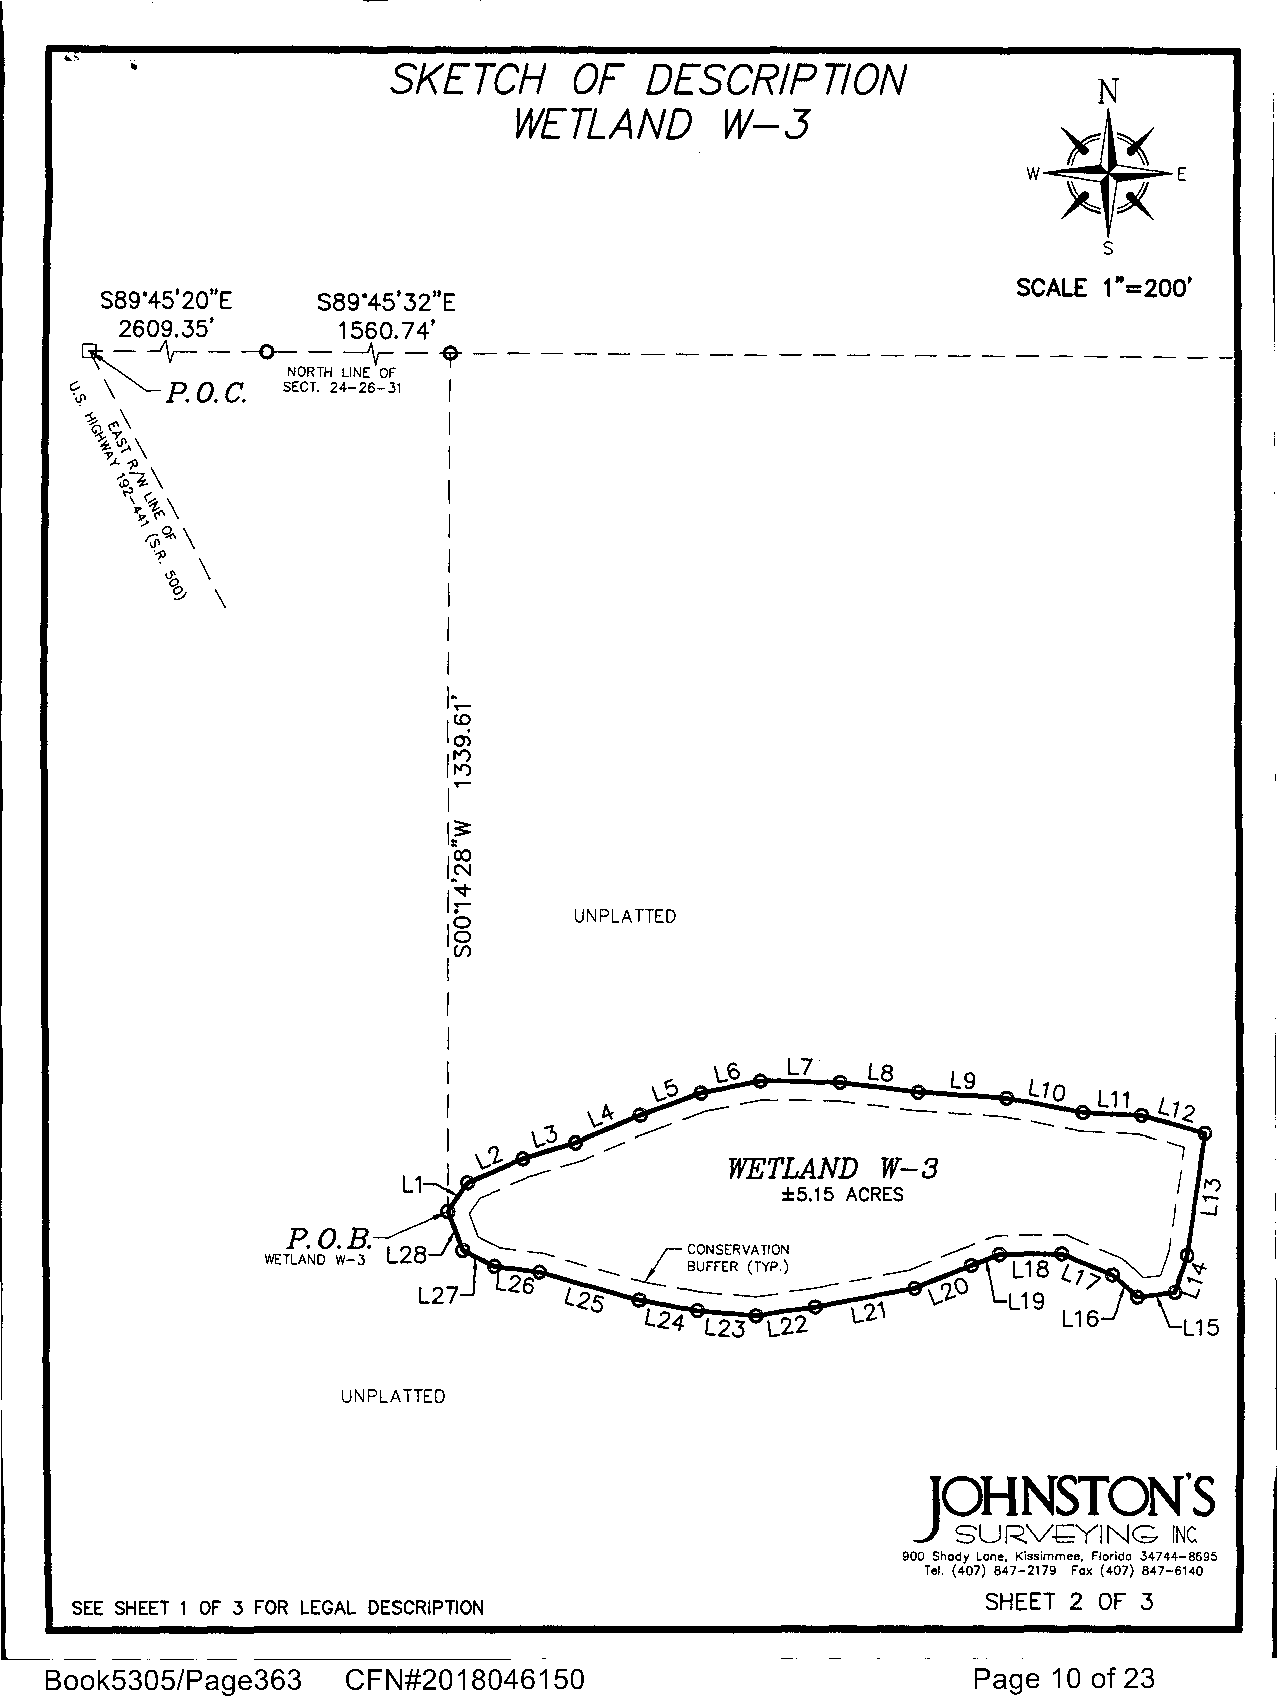
SKETCH      OF   DESCRIPTION
 WETLAND       W-3
 s
 SCALE 1"=200'
 sa9·45•2o"E   sa9·45'32"E
 2609.35'       1560. 74'
 -'\r----0---'\--~-----------------------
 P. 0. C. NORTH LINE OF I
 c:::-11' \    SECT. 24-26-31
 .\\<'\                   I
 ~~~\
 I
 ~~
 '&~\
 \~\                   I
 I
 ~~
 0-~ \
 I
 ~.'ti \
 I
 0 \
 I
 I
 I;_
 I~
 I~
 I....
 I~
 I~
 I~
 UNPLA TTED
 18
 I(/)
 I
 I
 I                 6   L7    LB   Lg
 -
 I                  -------            L1o  l11 L12
 I
 1
 WETLAND   W-3
 I
 !2
 ±5.15 ACRES               /
 I
 ....J
 CONSERVATION       - -  --.......__
 BUFFER (TYP.)
 -----                  19
 L24 l23 L22  L2i           L16       5
 UNPLATTED
 900 Shady Lone, Kissimmee, Florido 34744-8695
 Tel. (407) 847-2179 Fox (407) 847-6140
 SEE SHEET 1 OF 3 FOR LEGAL DESCRIPTION                      SHEET 2 OF 3
 Book5305/Page363    CFN#2018046150                            Page 10 of 23